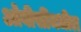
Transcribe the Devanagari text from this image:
ओबीसींमधील